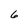
Character: 6